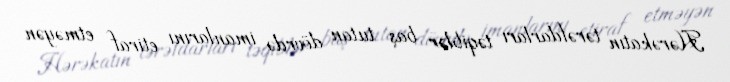
Hərəkatın tərəfdarları təqiblər baş tutan dövrdə imanlarını etiraf etməyən